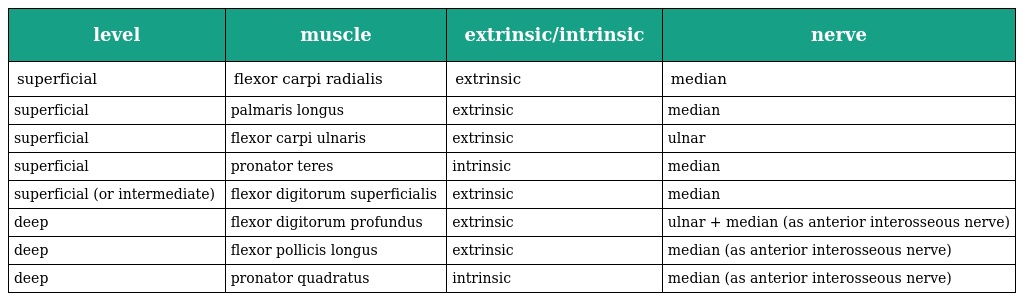
| level | muscle | extrinsic/intrinsic | nerve |
 | --- | --- | --- | --- |
 | superficial | flexor carpi radialis | extrinsic | median |
 | superficial | palmaris longus | extrinsic | median |
 | superficial | flexor carpi ulnaris | extrinsic | ulnar |
 | superficial | pronator teres | intrinsic | median |
 | superficial (or intermediate) | flexor digitorum superficialis | extrinsic | median |
 | deep | flexor digitorum profundus | extrinsic | ulnar + median (as anterior interosseous nerve) |
 | deep | flexor pollicis longus | extrinsic | median (as anterior interosseous nerve) |
 | deep | pronator quadratus | intrinsic | median (as anterior interosseous nerve) |